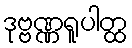
ဒုဗ္ဗဏ္ဏရူပါတ္ထ